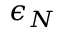
\epsilon _ { N }